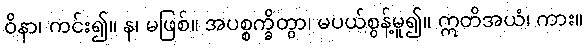
ဝိနာ၊ ကင်း၍။ န၊ မဖြစ်။ အပစ္စက္ခိတွာ၊ မပယ်စွန့်မူ၍။ ဣတိအယံ၊ ကား။